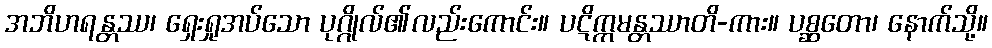
အဘိဟရန္တဿ၊ ရှေးရှုအပ်သော ပုဂ္ဂိုလ်၏လည်းကောင်း။ ပဋိက္ကမန္တဿာတိ-ကား။ ပစ္ဆတော၊ နောက်သို့။